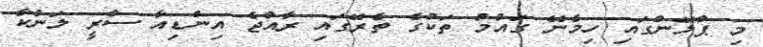
މި ޕްލޭންގައި ހިމެނޭ ގައުމު ތަކުގެ ތެރޭގައި ރާއްޖެ އިންޑިއާ ސްރީ ލަންކާ